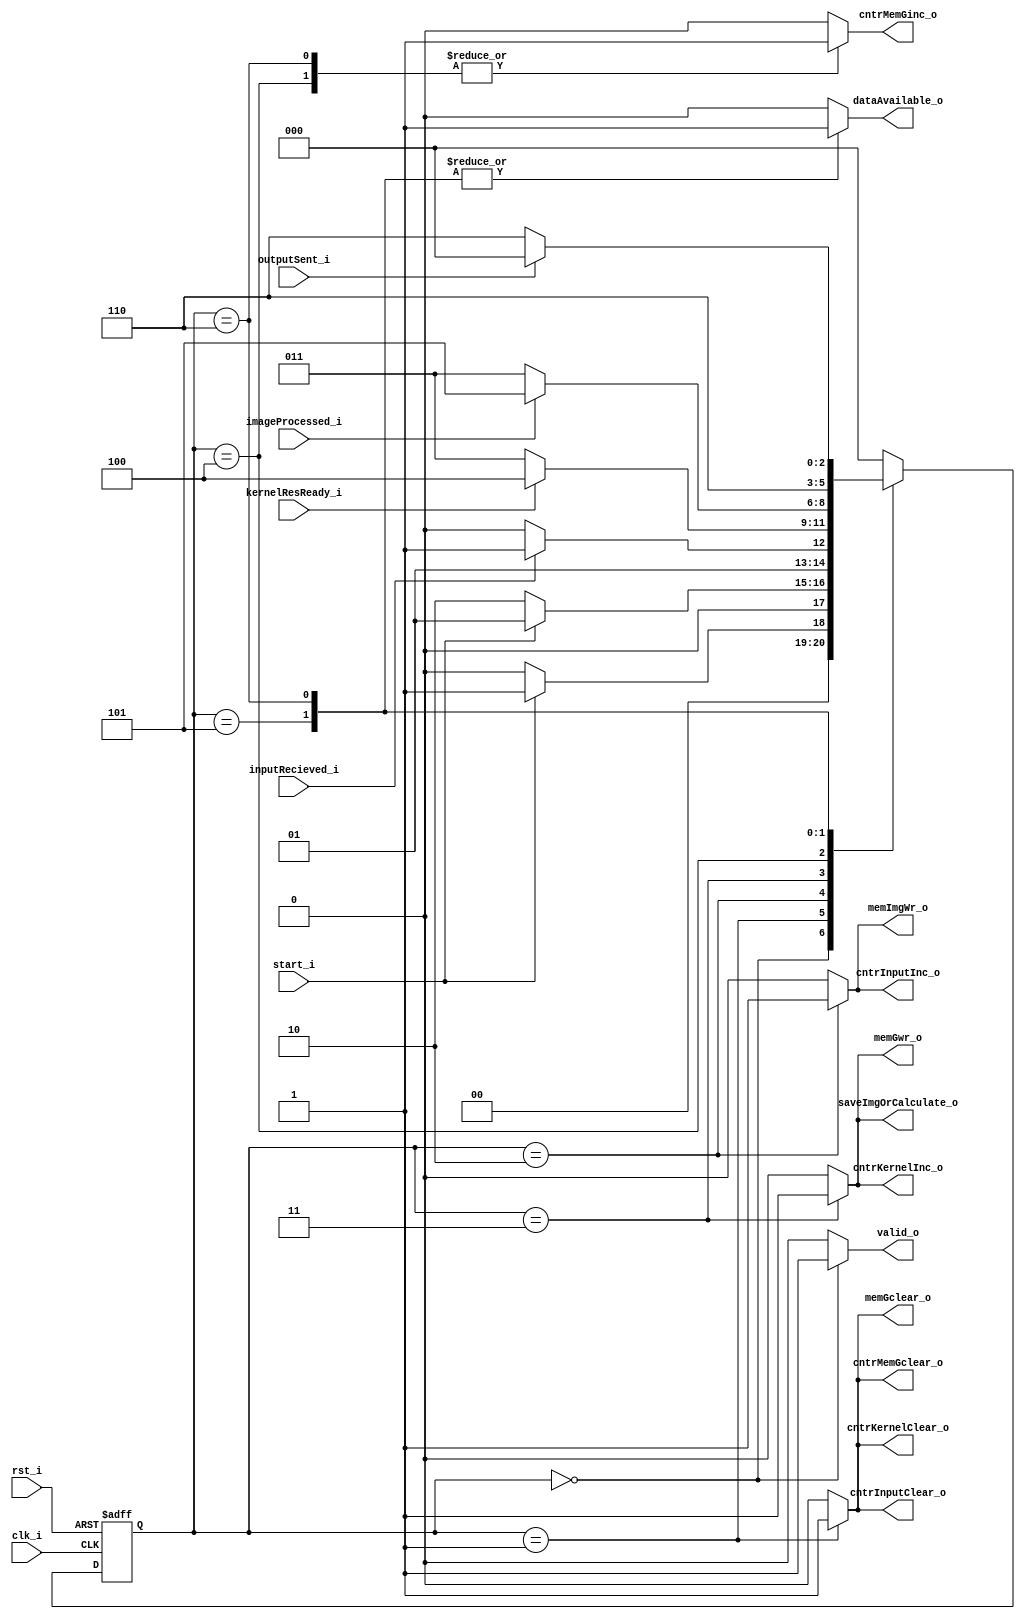
module Sobel_Controller (
    clk_i,
    rst_i,
    start_i,
    inputRecieved_i,
    kernelResReady_i,
    imageProcessed_i,
    outputSent_i,
    cntrInputClear_o,
    cntrKernelClear_o,
    cntrMemGclear_o,
    memGclear_o,
    memImgWr_o,
    cntrInputInc_o,
    saveImgOrCalculate_o,
    cntrKernelInc_o,
    memGwr_o,
    cntrMemGinc_o,
    dataAvailable_o,
    valid_o
);

    input clk_i, rst_i, start_i, inputRecieved_i, kernelResReady_i, imageProcessed_i, outputSent_i;
    output reg cntrInputClear_o, cntrKernelClear_o, cntrMemGclear_o, memGclear_o, memImgWr_o, 
           cntrInputInc_o, saveImgOrCalculate_o, cntrKernelInc_o, memGwr_o, cntrMemGinc_o, 
           dataAvailable_o, valid_o;

    localparam Idle_s = 0, 
               Wait4Pulse_s = 1,
               GetInput_s = 2,
               CalculateKernel_s = 3,
               NextKernel_s = 4,
               DataAvailable_s = 5,
               GiveOutput_s = 6;
    reg [2:0] ps_r, ns_r;

    always @(posedge clk_i or posedge rst_i) begin
        if (rst_i) ps_r <= Idle_s;
        else ps_r <= ns_r;
    end

    always @(ps_r, start_i, inputRecieved_i, kernelResReady_i, imageProcessed_i, outputSent_i) begin
        ns_r = Idle_s;
        case (ps_r)
            Idle_s: ns_r = start_i ? Wait4Pulse_s : Idle_s;
            Wait4Pulse_s: ns_r = ~start_i ? GetInput_s : Wait4Pulse_s;
            GetInput_s: ns_r = inputRecieved_i ? CalculateKernel_s : GetInput_s;
            CalculateKernel_s: ns_r = kernelResReady_i ? NextKernel_s : CalculateKernel_s;
            NextKernel_s: ns_r = imageProcessed_i ? DataAvailable_s : CalculateKernel_s;
            DataAvailable_s: ns_r = GiveOutput_s;
            GiveOutput_s: ns_r = outputSent_i ? Idle_s : GiveOutput_s;
        endcase
    end

    always @(ps_r) begin
        valid_o = 0;
        cntrInputClear_o = 0;
        cntrKernelClear_o = 0;
        cntrMemGclear_o = 0;
        memGclear_o = 0;
        memImgWr_o = 0;
        cntrInputInc_o = 0;
        saveImgOrCalculate_o = 0;
        cntrKernelInc_o = 0;
        memGwr_o = 0;
        cntrMemGinc_o = 0;
        dataAvailable_o = 0;
        case (ps_r)
            Idle_s: valid_o = 1;
            Wait4Pulse_s: begin
                cntrInputClear_o = 1;
                cntrKernelClear_o = 1;
                cntrMemGclear_o = 1;
                memGclear_o = 1;
            end
            GetInput_s: begin
                memImgWr_o = 1;
                cntrInputInc_o = 1;
            end
            CalculateKernel_s: begin
                saveImgOrCalculate_o = 1;
                cntrKernelInc_o = 1;
                memGwr_o = 1;
            end
            NextKernel_s: cntrMemGinc_o = 1;
            DataAvailable_s: dataAvailable_o = 1;
            GiveOutput_s: begin
                cntrMemGinc_o = 1;
                dataAvailable_o = 1;
            end
        endcase
    end
    
endmodule